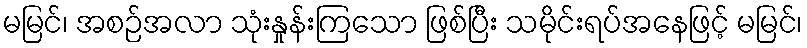
မမြင်၊ အစဉ်အလာ သုံးနှုန်းကြသော ဖြစ်ပြီး သမိုင်းရပ်အနေဖြင့် မမြင်၊